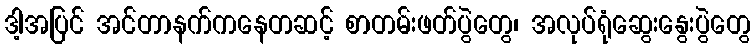
ဒါ့အပြင် အင်တာနက်ကနေတဆင့် စာတမ်းဖတ်ပွဲတွေ၊ အလုပ်ရုံဆွေးနွေးပွဲတွေ